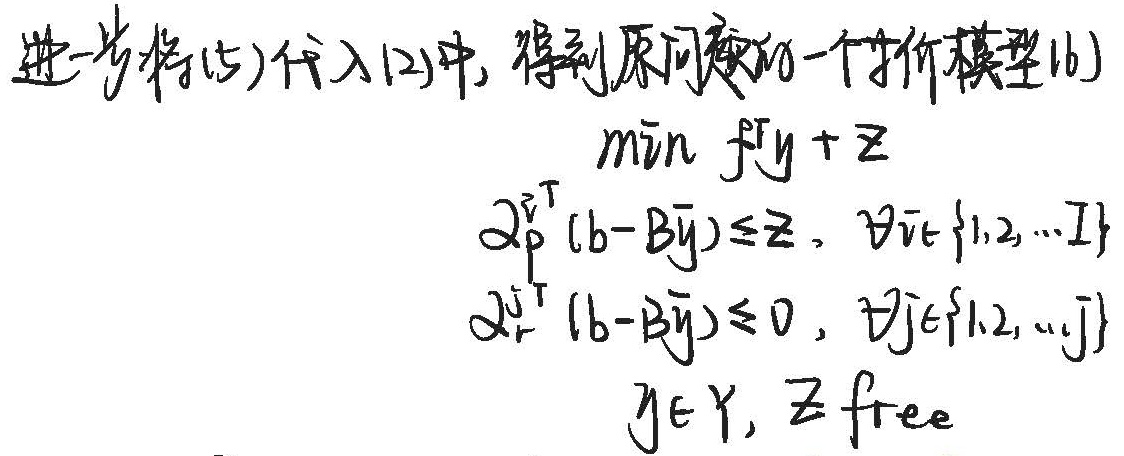
进一步将(5)代入(2)中，得到原问题的一个等价模型(6)
\[\begin{align*}
\min\ &f^{\mathrm{T}}y + z\\
&\lambda_{\overline{p}}^{\overline{v}\mathrm{T}}(b - B\overline{y})\leq z,\ \forall\overline{v}\in\{1,2,\cdots I\}\\
&\lambda_{r}^{\mathrm{j}\mathrm{T}}(b - B\overline{y})\leq 0,\ \forall j\in\{1,2,\cdots J\}\\
&y\in Y, z \text{ free}
\end{align*}\]